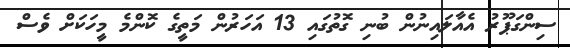
ސިންގަޕޫރު އެއާލައިނުން ބުނި ގޮތުގައި 13 އަހަރުން މަތީގެ ކޮންމެ މީހަކަށް ވެސް